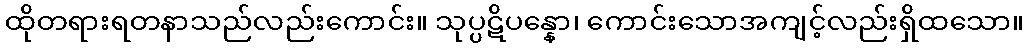
ထိုတရားရတနာသည်လည်းကောင်း။ သုပ္ပဋိပန္နော၊ ကောင်းသောအကျင့်လည်းရှိထသော။